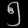
Digit: ၅